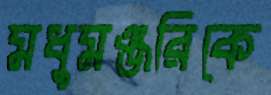
মধুমঞ্জরিকে